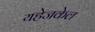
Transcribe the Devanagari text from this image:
यहेजकेल